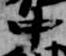
中